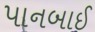
પાનબાઈ